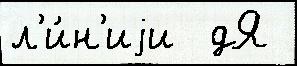
л'и́н'иjи  дЯ